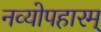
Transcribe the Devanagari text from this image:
नव्योपहारम्